Vaccination in Bombay 1863-1868 - 1863-1868
Year: 1863
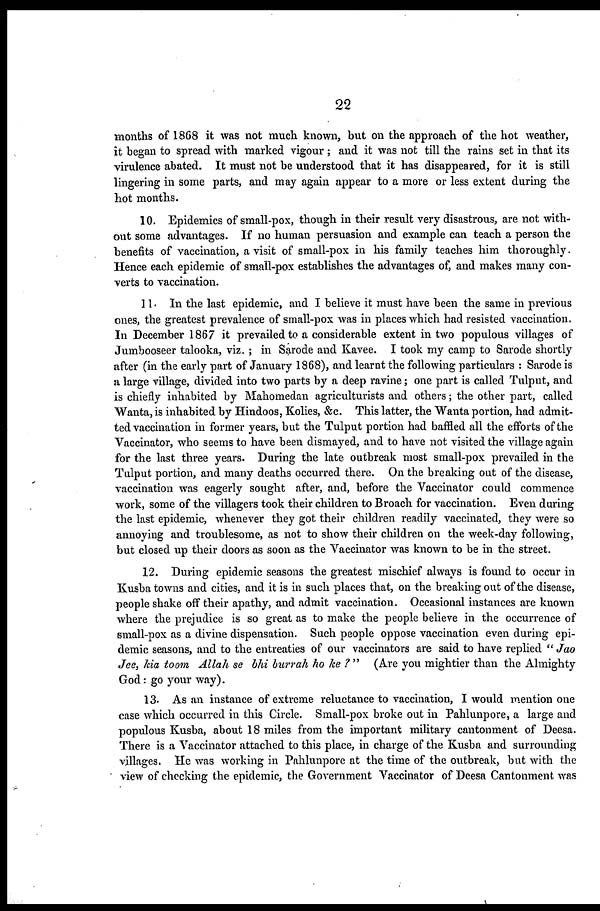
22
months of 1868 it was not much known, but on the approach of the hot weather,
it began to spread with marked vigour ; and it was not till the rains set in that its
virulence abated. It must not be understood that it has disappeared, for it is still
lingering in some parts, and may again appear to a more or less extent during the
hot months.
10. Epidemics of small-pox, though in their result very disastrous, are not with-
out some advantages. If no human persuasion and example can teach a person the
benefits of vaccination, a visit of small-pox in his family teaches him thoroughly.
Hence each epidemic of small-pox establishes the advantages of, and makes many con-
verts to vaccination.
11. In the last epidemic, and I believe it must have been the same in previous
ones, the greatest prevalence of small-pox was in places which had resisted vaccination.
In December 1867 it prevailed to a considerable extent in two populous villages of
Jumbooseer talooka, viz.; in Sarode and Kavee. I took my camp to Sarode shortly
after (in the early part of January 1868), and learnt the following particulars : Sarode is
a large village, divided into two parts by a deep ravine; one part is called Tulput, and
is chiefly inhabited by Mahomedan agriculturists and others; the other part, called
Wanta, is inhabited by Hindoos, Kolies, &c. This latter, the Wanta portion, had admit-
ted vaccination in former years, but the Tulput portion had baffled all the efforts of the
Vaccinator, who seems to have been dismayed, and to have not visited the village again
for the last three years. During the late outbreak most small-pox prevailed in the
Tulput portion, and many deaths occurred there. On the breaking out of the disease,
vaccination was eagerly sought after, and, before the Vaccinator could commence
work, some of the villagers took their children to Broach for vaccination. Even during
the last epidemic, whenever they got their children readily vaccinated, they were so
annoying and troublesome, as not to show their children on the week-day following,
but closed up their doors as soon as the Vaccinator was known to be in the street.
12. During epidemic seasons the greatest mischief always is found to occur in
Kusba towns and cities, and it is in such places that, on the breaking out of the disease,
people shake off their apathy, and admit vaccination. Occasional instances are known
where the prejudice is so great as to make the people believe in the occurrence of
small-pox as a divine dispensation. Such people oppose vaccination even during epi-
demic seasons, and to the entreaties of our vaccinators are said to have replied " Jao
Jee, kia toom Allah se bhi burrah ho ke ? " (Are you mightier than the Almighty
God: go your way).
13. As an instance of extreme reluctance to vaccination, I would mention one
case which occurred in this Circle. Small-pox broke out in Pahlunpore, a large and
populous Kusba, about 18 miles from the important military cantonment of Deesa.
There is a Vaccinator attached to this place, in charge of the Kusba and surrounding
villages. He was working in Pahlunpore at the time of the outbreak, but with the
view of checking the epidemic, the Government Vaccinator of Deesa Cantonment was